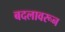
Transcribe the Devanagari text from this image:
बदलावरून